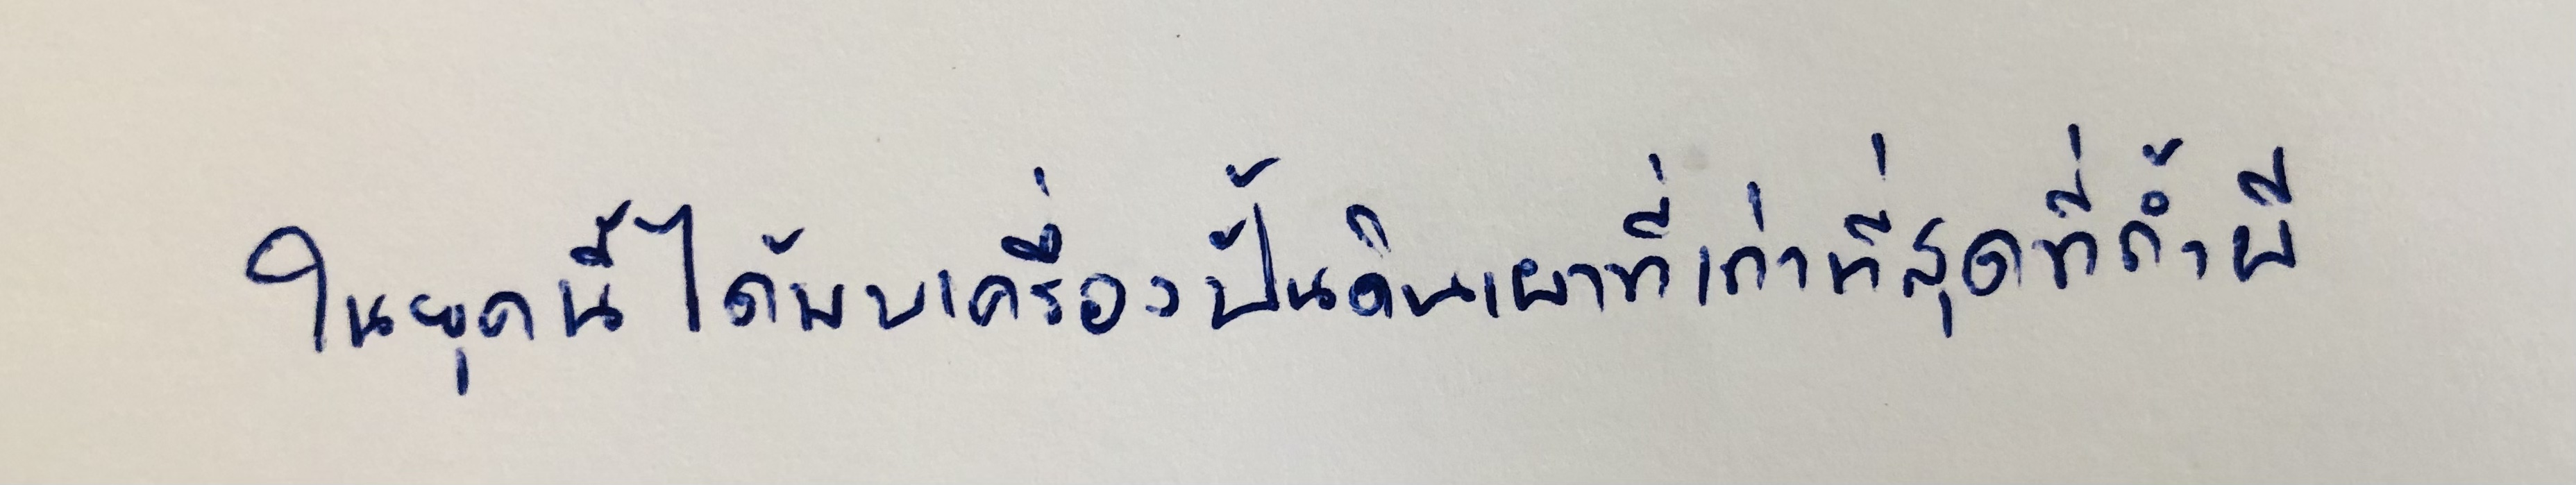
ในยุคนี้ได้พบเครื่องปั้นดินเผาที่เก่าที่สุดที่ถ้ำผี